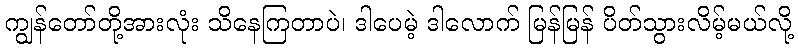
ကျွန်တော်တို့အားလုံး သိနေကြတာပဲ၊ ဒါပေမဲ့ ဒါလောက် မြန်မြန် ပိတ်သွားလိမ့်မယ်လို့